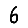
Digit: 6